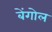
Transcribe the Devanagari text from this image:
बेंगोल